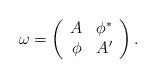
LaTeX: \begin{align*}\omega = \left( \begin{array}{cc} A & \phi^* \\ \phi & A' \end{array} \right) .\end{align*}